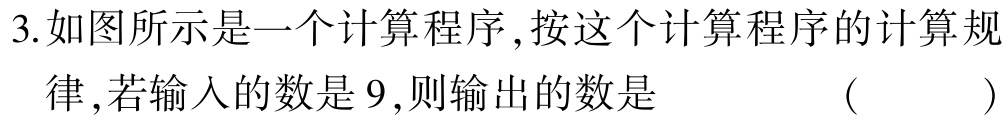
3.如图所示是一个计算程序,按这个计算程序的计算规

律,若输入的数是9,则输出的数是 （ ）